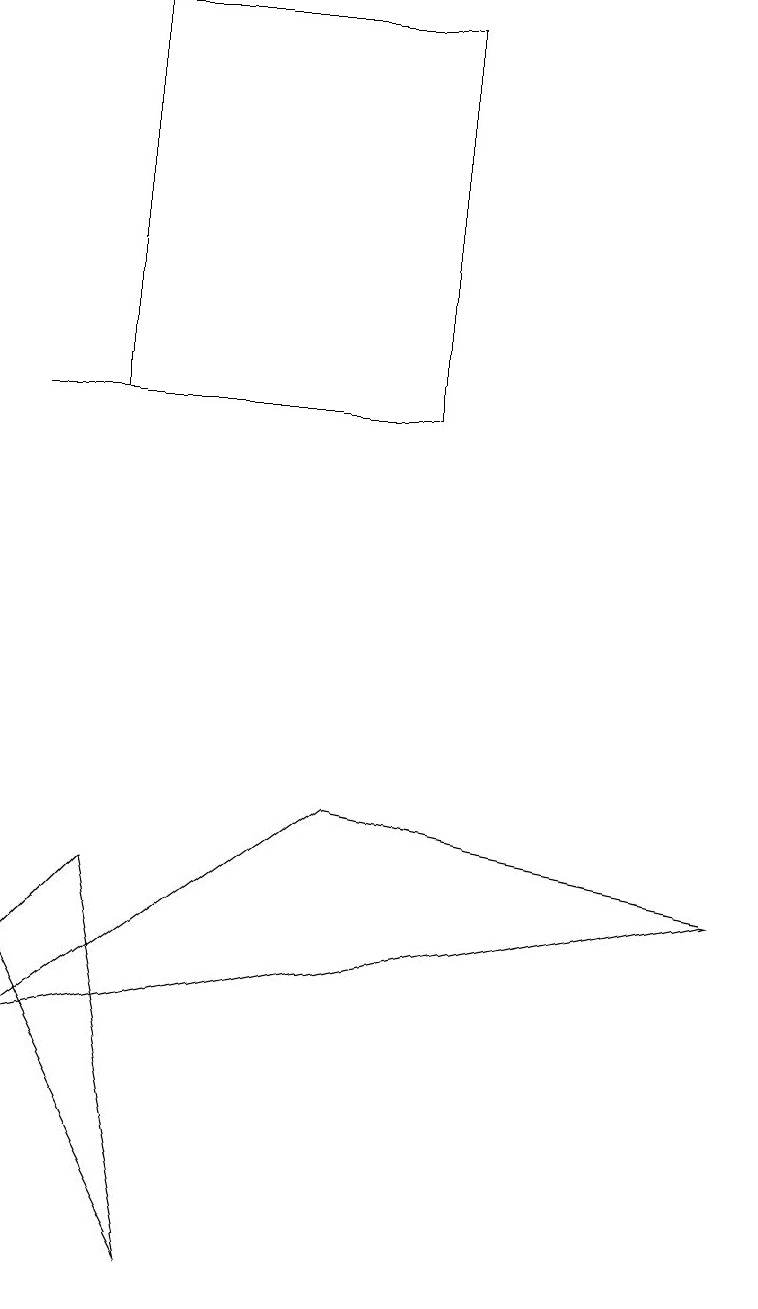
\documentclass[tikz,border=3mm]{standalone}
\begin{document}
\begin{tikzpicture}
\draw (0,4) -- (2,0) -- (1,5) -- cycle;
\draw (0,3) -- (4,6) -- (9,5) -- cycle;
\draw (1,11) rectangle (0,11);
\draw (5,16) rectangle (1,11);
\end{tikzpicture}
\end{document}